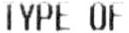
TYPE OF